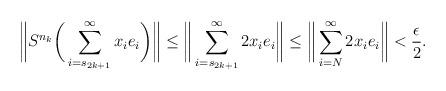
LaTeX: \begin{align*} \bigg \|S^{n_k} \bigg(\sum_{i=s_{2k+1}}^\infty x_i e_i \bigg)\bigg\|\leq \bigg \| \sum_{i=s_{2k+1}}^\infty 2x_i e_i \bigg\| \leq \bigg \| \sum_{i=N}^\infty 2x_i e_i \bigg \|< \frac{\epsilon}{2}.\end{align*}